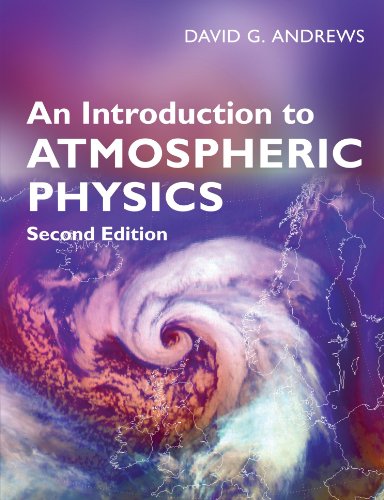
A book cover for An Introduction to Atmospheric Physics; David G. Andrews; Science & Math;